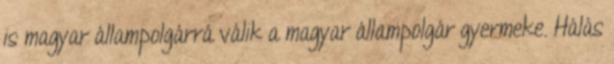
is magyar állampolgárrá válik a magyar állampolgár gyermeke. Hálás